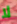
لا